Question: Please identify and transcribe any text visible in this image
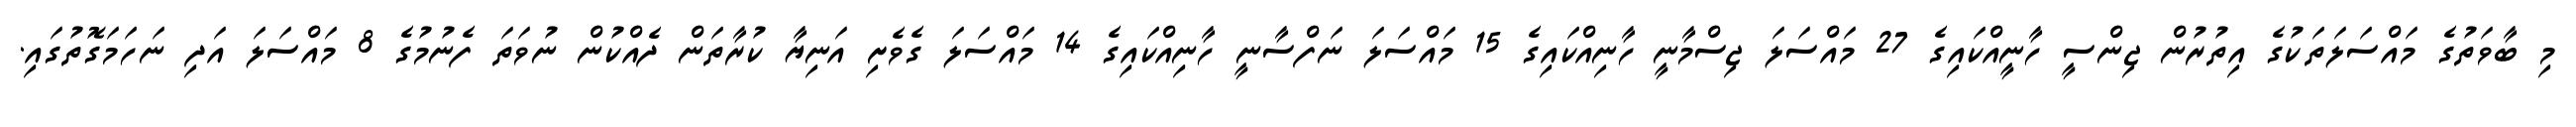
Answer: މި ބާވަތުގެ މައްސަލަތަކުގެ އިތުރުން ޖިންސީ ހާނީއްކައިގެ 27 މައްސަލަ ޖިސްމާނީ ހާނިއްކައިގެ 15 މައްސަލަ ނަފްސާނީ ހާނިއްކައިގެ 14 މައްސަލަ ގެވެށި އަނިޔާ ކުރާތަން ދެއްކުން ނުވަތަ ފެނުމުގެ 8 މައްސަލަ އަދި ނަހަމަގޮތުގައި.